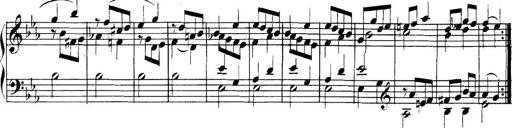
Title: Collected Piano Sonatas
Composer: Muzio Clementi